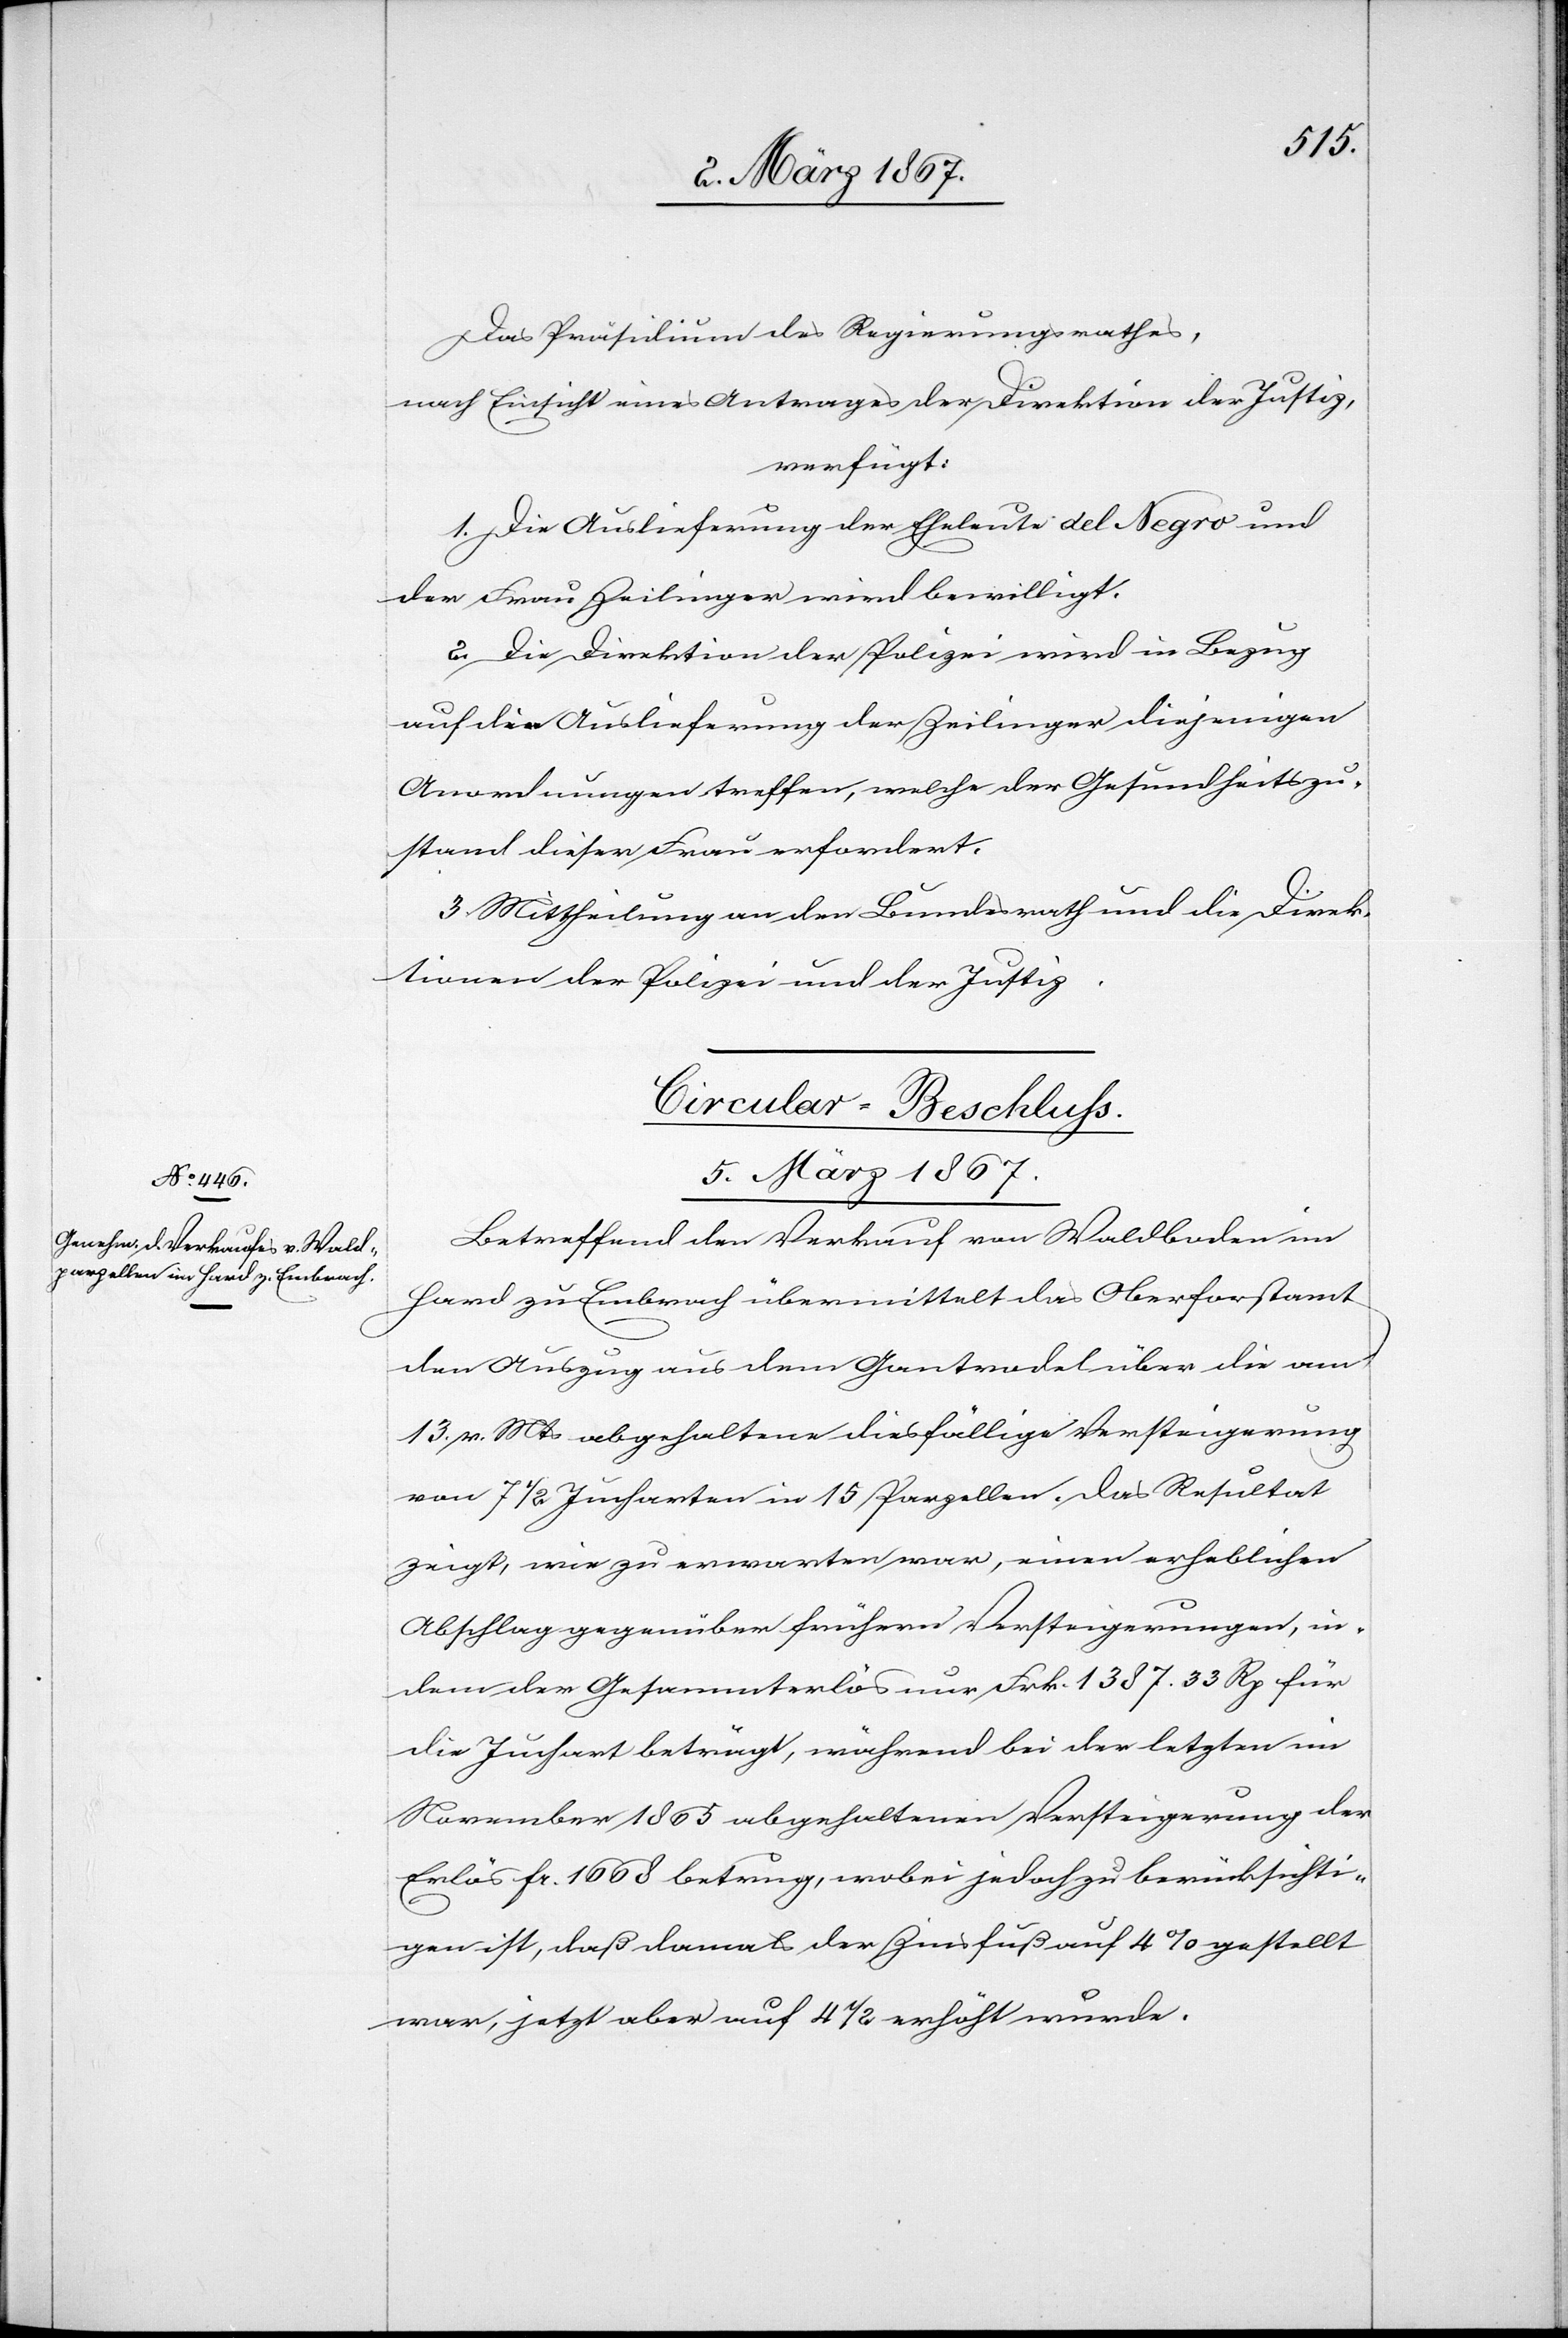
Das Präsidium des Regierungsrathes,
nach Einsicht eines Antrages der Direktion der Justiz,
verfügt:
1. Die Auslieferung der Eheleute del Negro und
der Frau Zeilinger wird bewilligt.
2. Die Direktion der Polizei wird in Bezug
auf die Auslieferung der Zeilinger diejenigen
Anordnungen treffen, welche der Gesundheitszu¬
stand dieser Frau erfordert.
3. Mittheilung an den Bundesrath und die Direk¬
tionen der Polizei und der Justiz.
Circular-Beschluss.
5. März 1867.
Betreffend den Verkauf von Waldboden im
Hard zu Embrach übermittelt das Oberforstamt
den Auszug aus dem Gantrodel über die am
13. v. Mts abgehaltene diesfällige Versteigerung
von 7 1/2 Jucharten in 15 Parzellen. Das Resultat
zeigt, wie zu erwarten war, einen erheblichen
Abschlag gegenüber frühern Versteigerungen, in¬
dem der Gesammterlös nur Frk. 13787. 33 Rp für
die Juchart beträgt, während bei der letzten im
November 1865 abgehaltenen Versteigerung der
Erlös fr. 1668 betrug, wobei jedoch zu berücksichti¬
gen ist, daß damals der Zinsfuß auf 4% gestellt
war, jetzt aber auf 4 1/2 erhöht wurde.